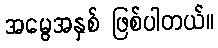
အမွေအနှစ် ဖြစ်ပါတယ်။